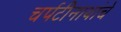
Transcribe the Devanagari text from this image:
चर्पटीनाथांचे